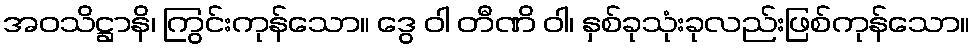
အဝသိဋ္ဌာနိ၊ ကြွင်းကုန်သော။ ဒွေ ဝါ တီဏိ ဝါ၊ နှစ်ခုသုံးခုလည်းဖြစ်ကုန်သော။